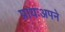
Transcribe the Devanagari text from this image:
प्रायःअपने